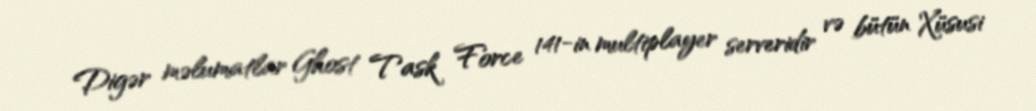
Digər məlumatlar Ghost Task Force 141-in multiplayer serveridir və bütün Xüsusi